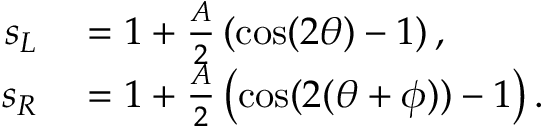
\begin{array} { r l } { s _ { L } } & { { } = 1 + \frac { A } { 2 } \left( \cos ( 2 \theta ) - 1 \right) , } \\ { s _ { R } } & { { } = 1 + \frac { A } { 2 } \left( \cos ( 2 ( \theta + \phi ) ) - 1 \right) . } \end{array}